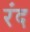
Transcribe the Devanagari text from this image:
रंद